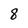
Character: 8